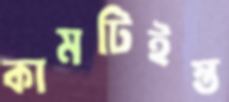
কামটিইস্ত